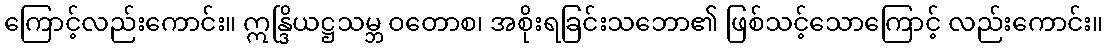
ကြောင့်လည်းကောင်း။ ဣန္ဒြိယဋ္ဌသမ္ဘ ဝတောစ၊ အစိုးရခြင်းသဘော၏ ဖြစ်သင့်သောကြောင့် လည်းကောင်း။